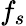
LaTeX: f_{s}